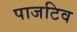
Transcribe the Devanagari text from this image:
पाजटिव